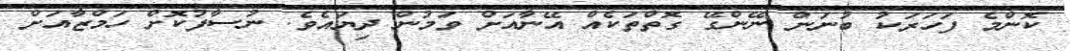
ކޮންމެ ފަހަރަކު ބުނަން ނޭންގޭ ގޮތްތަކެއް އޭނާއަށް ވަމުން ދިޔައެވެ. ނުސާފުކޮށް ހަމްޒާއަށް